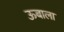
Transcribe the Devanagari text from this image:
ऊबाला